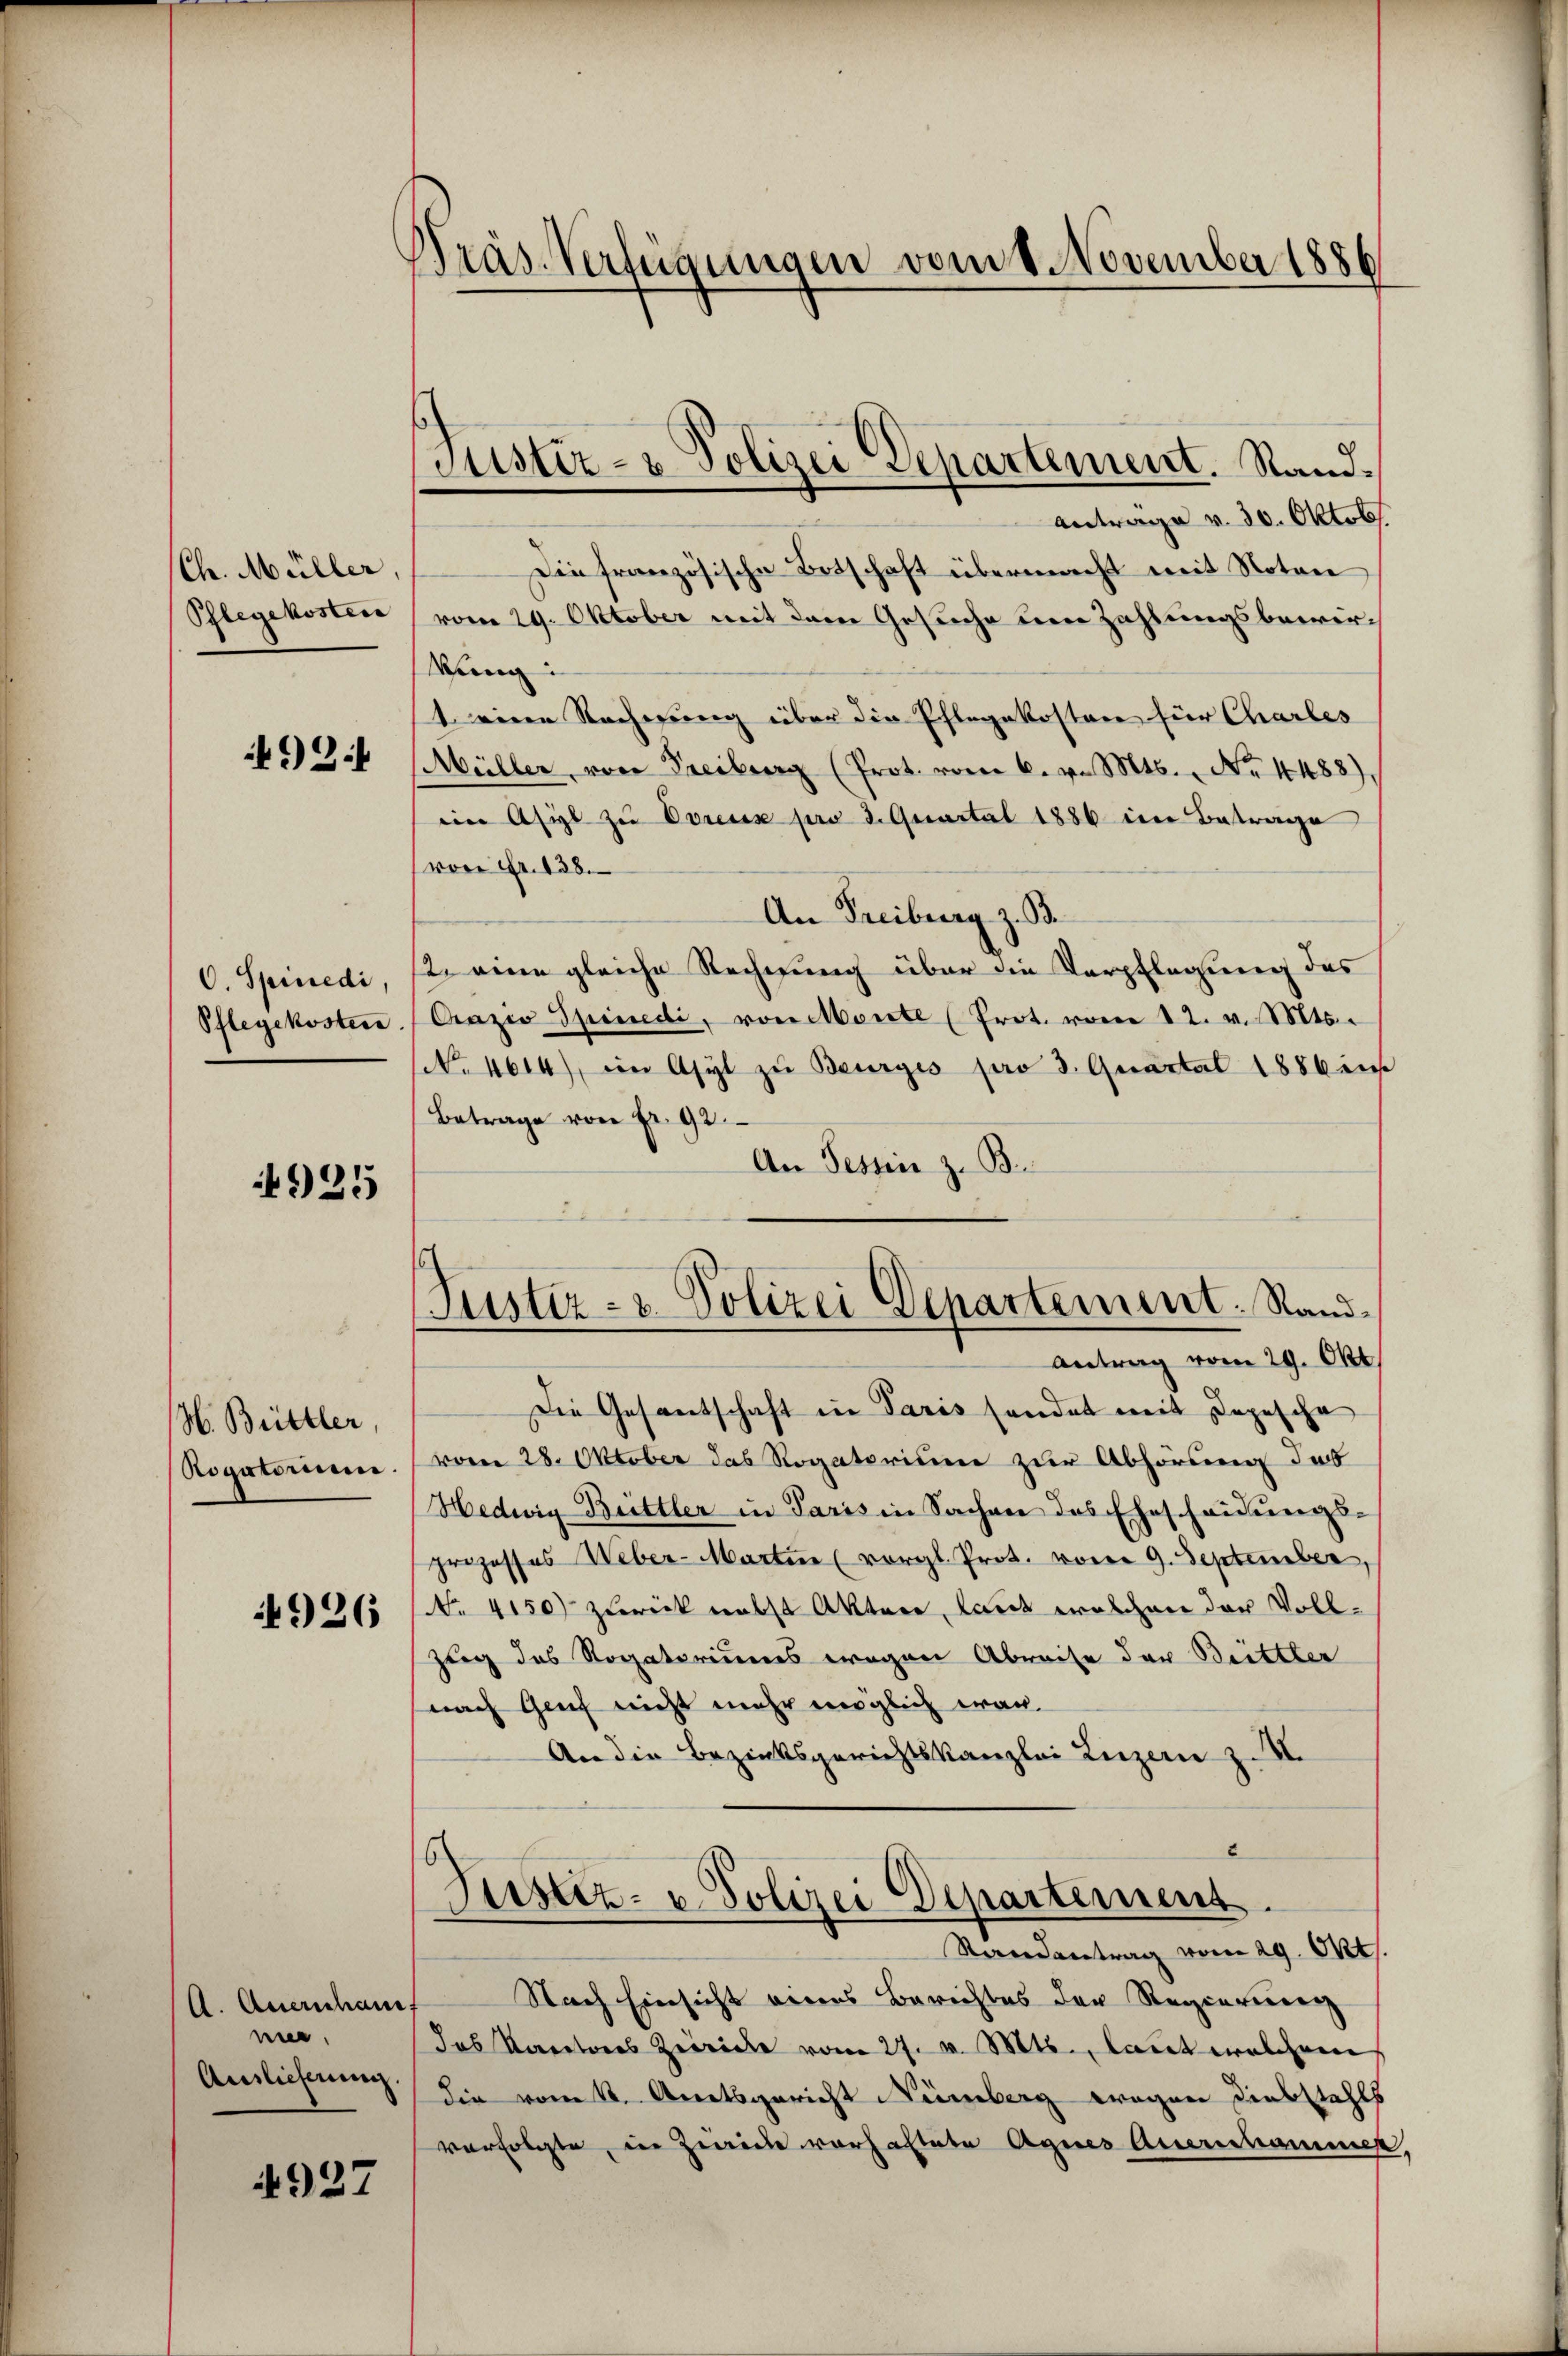
Ch. Müller,
Pflegekosten

92.

O. Spinedi,
Pflegekosten

925

H. Brittler,
Rogatorium

926

l. Querschaue
nier
Auslieferung.

4937

Präs. Verfügungen vom 1. November 1886

Antrage v. 30. Oktob.
Die französische Ortschaft übermacht mit Noten
vom 29. Oktober mit dem Gesuche um Zahlungsbewirkung:
t eine Rechnung über die Pflegekosten für Charles
(Müller von Freiburg (Prot. vom 6. v. Mts. No. 4488)
ein Asyl zŭ Ovreux pro 3. Quartal 1886 im Betrage
von Fr. 138.
An Freiburg z. B.
2. eine gleiche Rechnung über die Verpflegung des
Crazio Spinedi, von Monte (Prot. vom 12. v. Mts.
NNo. 4614), im Asyl zŭ Beurges pro 3. Quartal 1886 ei
Betrage von Fr. 92.
An Tessin z. B.
Justiz- & Polizei Departement. Sand¬
Antrag vom 29. Okt.
Die Gesantschaft in Paris handet mit Depescha
vom 28. Oktober das Rogatorisier zur Abhörung du
Hedwig Buttler in Paris in Sachen des Ehescheidungs-
prozesses Weber-Martin (vergl. Prot. vom 9. September,
No. 4150) zurück nebst Akten, laut welchen der Vollzug des Rogatoriums wegen Abreise der Beittler
nach Genf nicht mehr möglich war.
An die Bezirksgerichtskanzlei Luzern z. II.
8
Justiz- u. Polizei Departement.
Serendantrag vom 29. Okt.
Nach Einsicht voraus Berichtes der Regierennung
das Kantones Zwicke vom 27. v. Mts., laut welchem
die vom 12. Anratsgericht Nürnberg wegen Diebstahls
verfolgte, in Zwicke vorhaltete Agnes Auerschammen,

Justiz- & Polizei Departement. Stand¬